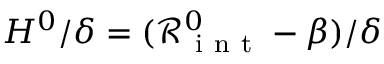
H ^ { 0 } / \delta = ( \mathcal { R } _ { \mathrm { ~ i ~ n ~ t ~ } } ^ { 0 } - \beta ) / \delta